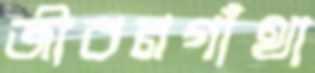
জীবনগাঁথা